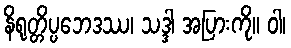
နိရုတ္တိပ္ပဘေဒဿ၊ သဒ္ဒါ အပြားကို။ ဝါ၊